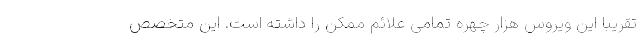
تقریبا این ویروس هزار چهره تمامی علائم ممکن را داشته است. این متخصص